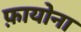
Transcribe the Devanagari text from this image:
फ़ायोना